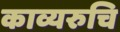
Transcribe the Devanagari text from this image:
काव्यरुचि